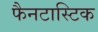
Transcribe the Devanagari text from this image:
फैनटास्टिक